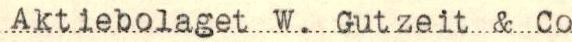
Aktiebolaget W. Gutzeit & Co